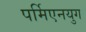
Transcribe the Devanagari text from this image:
पर्मिएनयुग